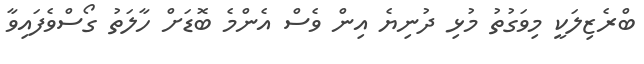
ބްރެޒިލަކީ މިވަގުތު މުޅި ދުނިޔެ އިން ވެސް އެންމެ ބޮޑަށް ހާލަތު ގޯސްވެފައިވާ